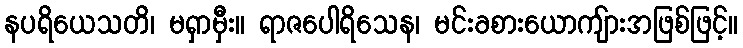
နပရိယေသတိ၊ မရှာမှီး။ ရာဇပေါရိသေန၊ မင်းခစားယောကျ်ားအဖြစ်ဖြင့်။